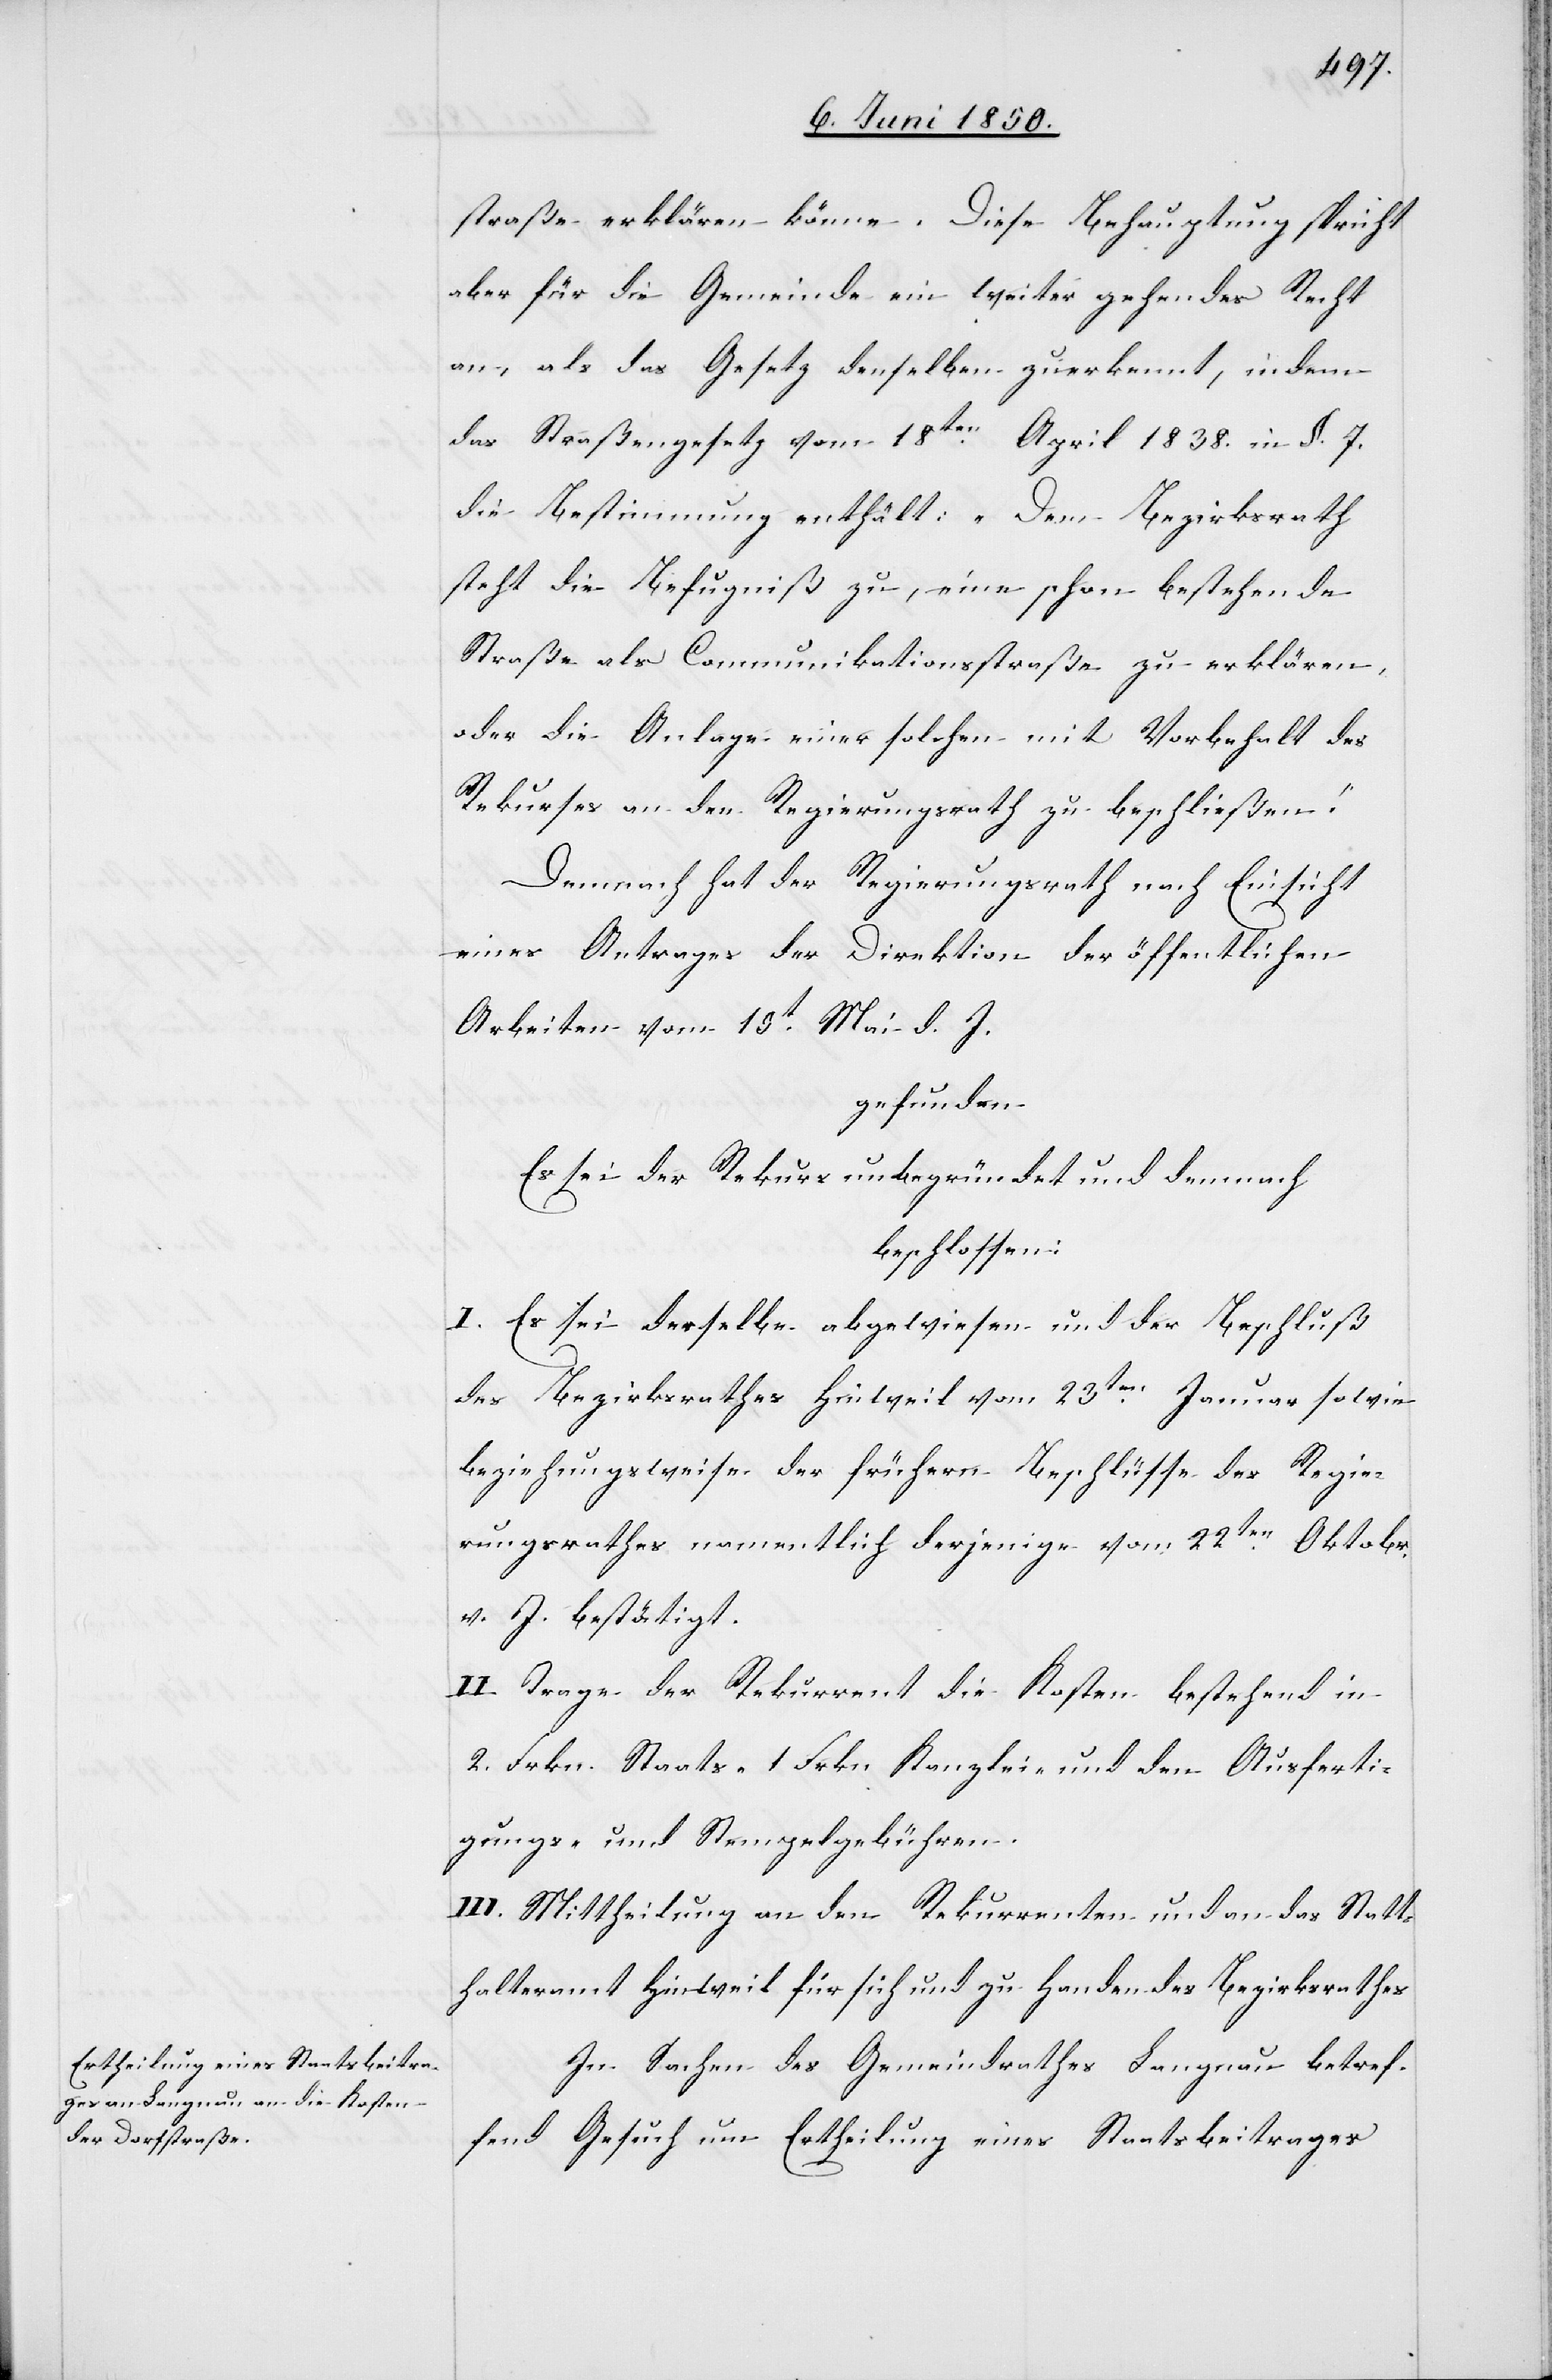
straße erklären könne. Diese Behauptung spricht
aber für die Gemeinde ein weiter gehendes Recht
an, als das Gesetz denselben zuerkennt, indem
das Straßengesetz vom 18ten April 1838. in §. 7.
die Bestimmung enthält: „Dem Bezirksrath
steht die Befugniß zu, eine schon bestehende
Straße als Communikationsstraße zu erklären,
oder die Anlage einer solchen mit Vorbehalt des
Rekurses an den Regierungsrath zu beschließen.“
Demnach hat der Regierungsrath nach Einsicht
eines Antrages der Direktion der öffentlichen
Arbeiten vom 10t Mai d. J.
gefunden
Es sei der Rekurs unbegründet und demnach
beschlossen:
I. Es sei derselbe abgewiesen und der Beschluß
des Bezirksrathes Hinweil vom 23ten Januar sowie
beziehungsweise der frühern Beschlüsse des Regie¬
rungsrathes namentlich derjenige vom 22ten Oktobr.
v. J. bestätigt.
II. Trage der Rekurrent die Kosten bestehend in
2. Frkn. Staats-[,] 1. Frkn Kanzlei- und den Ausferti¬
gungs- und Stempelgebühren.
III. Mittheilung an den Rekurrenten und an das Statt¬
halteramt Hinweil für sich und zu Handen des Bezirksrathes.
In Sachen des Gemeindrathes Langnau betref¬
fend Gesuch um Ertheilung eines Staatsbeitrages